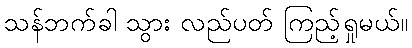
သန်ဘက်ခါ သွား လည်ပတ် ကြည့်ရှုမယ်။